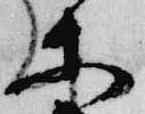
等